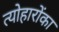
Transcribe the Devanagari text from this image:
त्योहारोंका